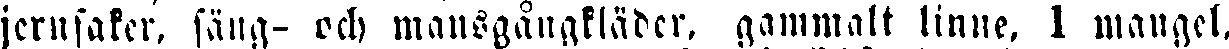
jernsaker, säng- och mansgångkläder, gammalt linne, 1 mangel.